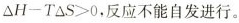
\Delta$$ H-T\Delta S>0$$，反应不能自发进行。